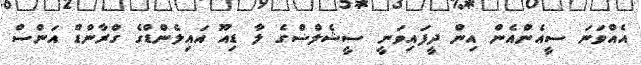
އެއްވަނަ ސީއެންއެން އިން ދީފައިވަނީ ސީޝެލްސްގެ ލާ ޑިއޫ އައިލެންޑްގެ ގްރާންޑް އަންސް